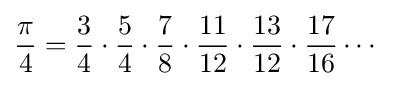
{\frac {\pi }{4}}={\frac {3}{4}}\cdot {\frac {5}{4}}\cdot {\frac {7}{8}}\cdot {\frac {11}{12}}\cdot {\frac {13}{12}}\cdot {\frac {17}{16}}\cdots